65_HS1-834228961_62-HQ-83894_Section_10
Agency: FBI
Page 64
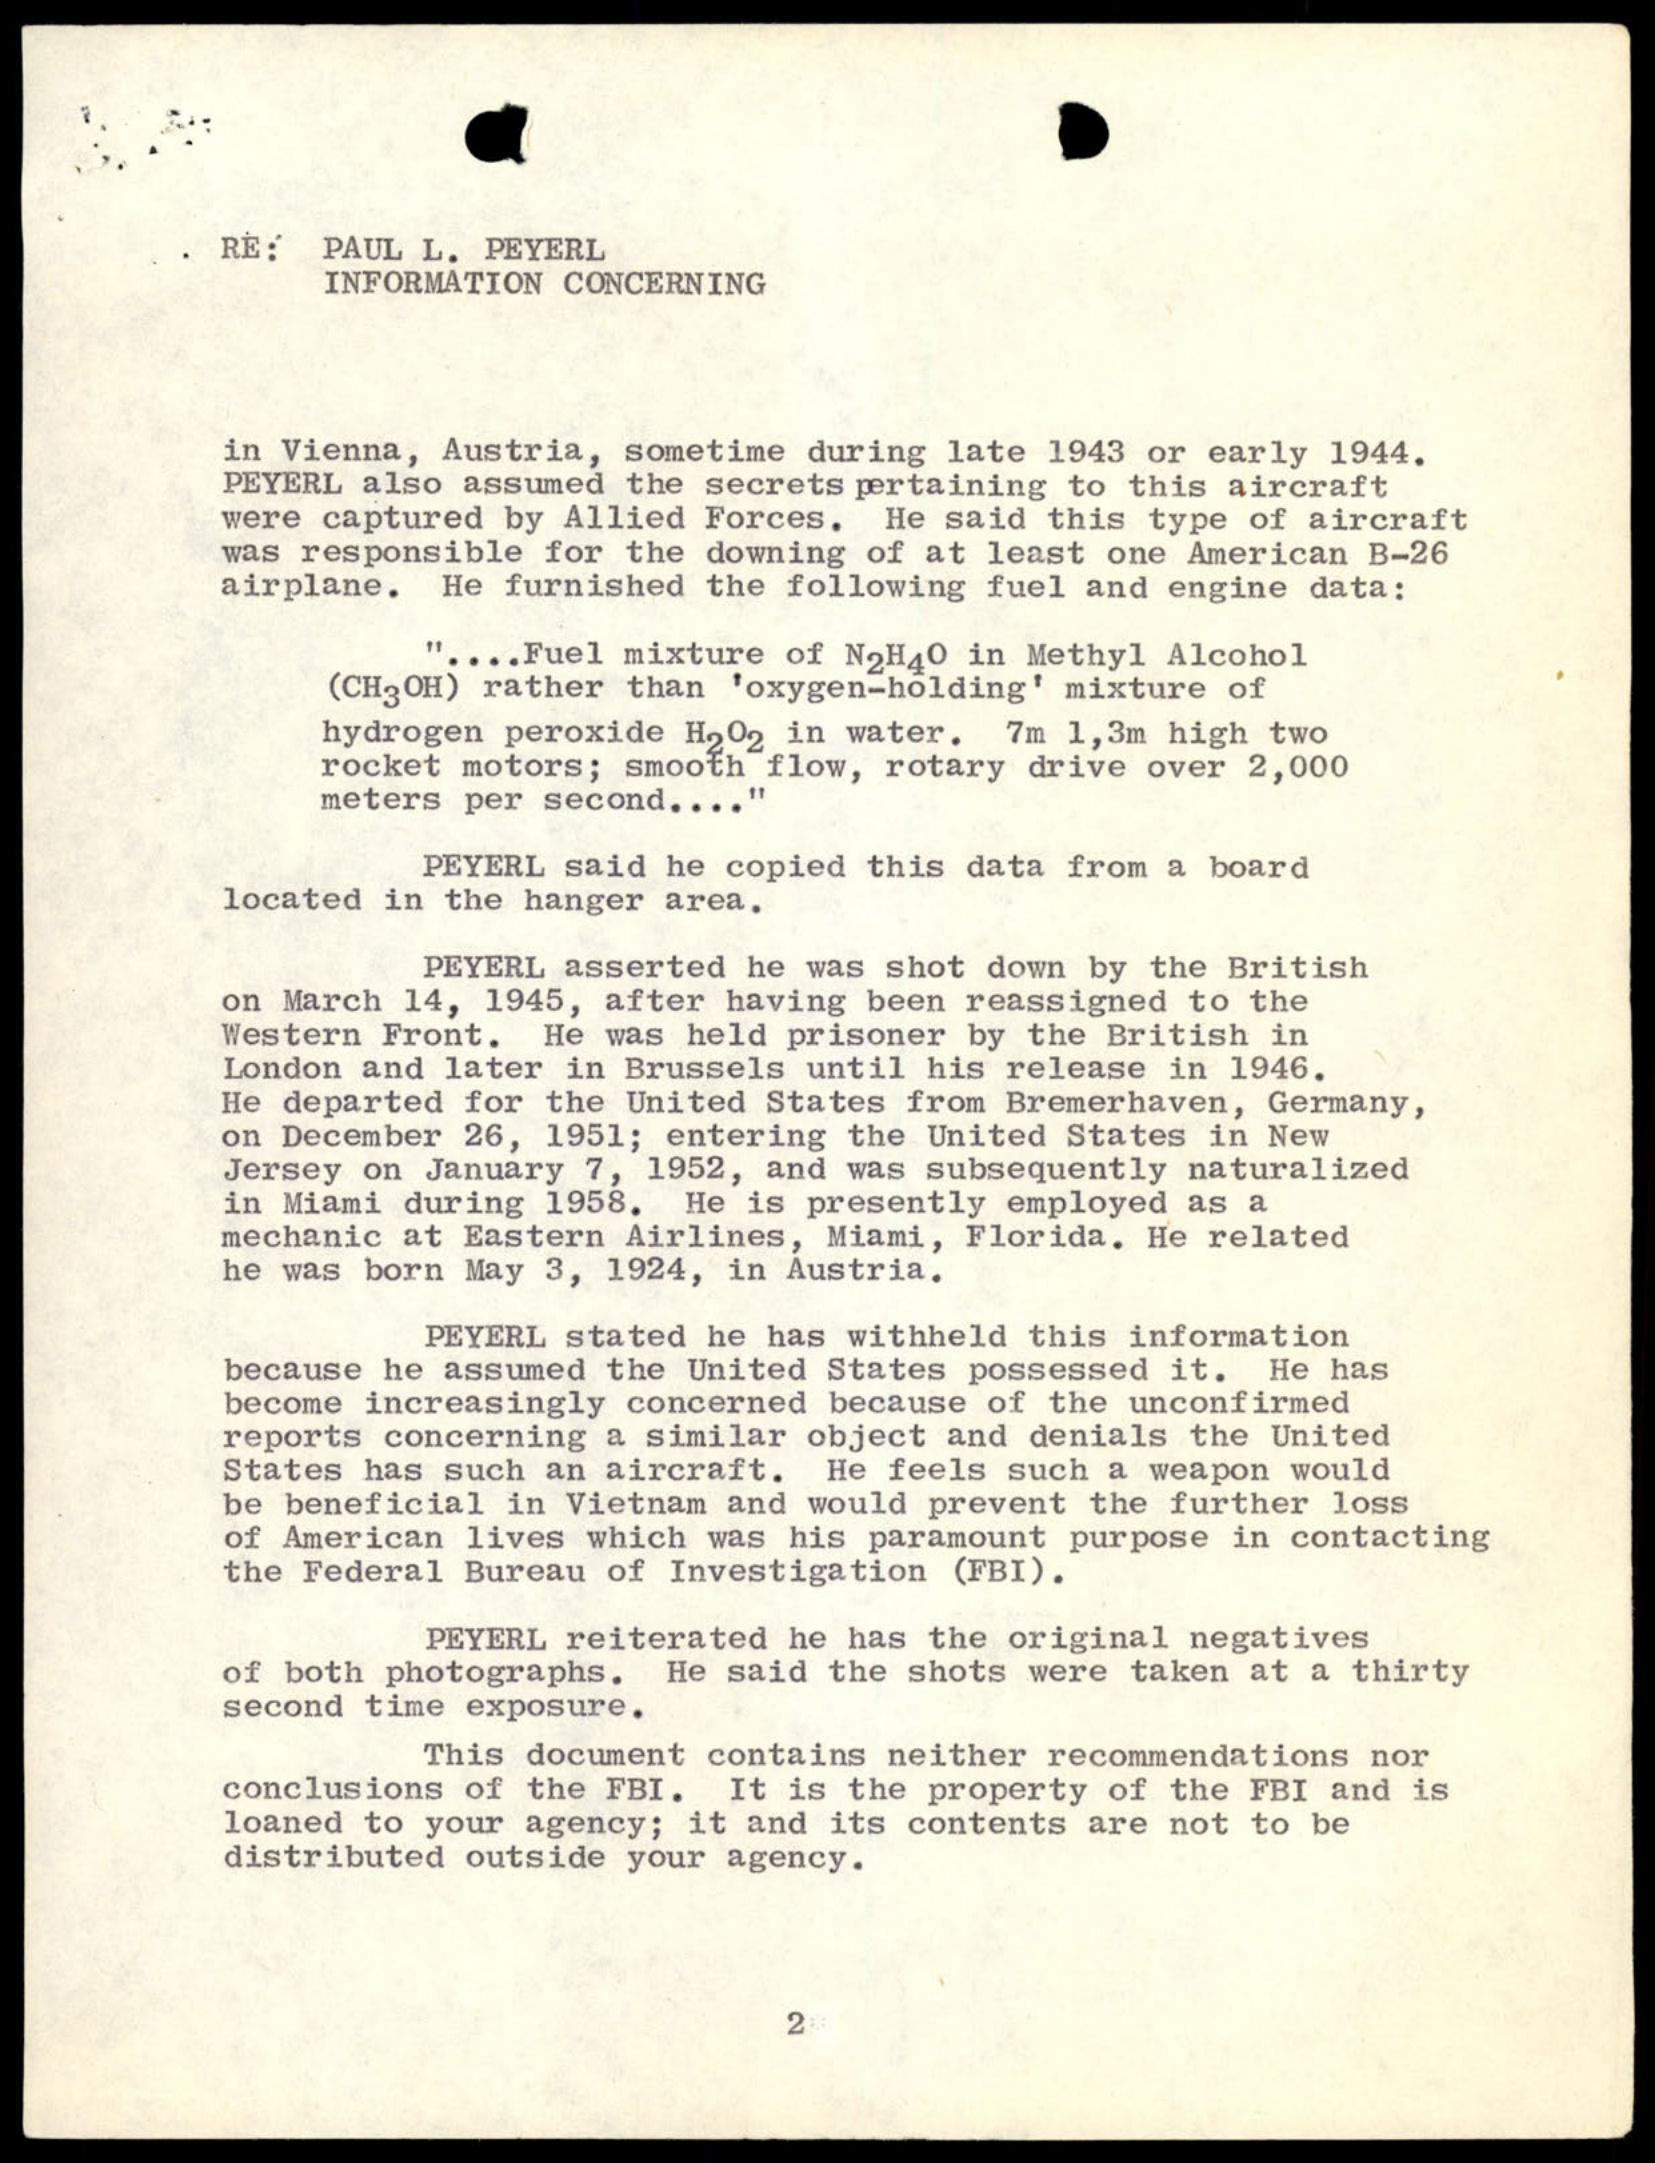